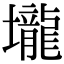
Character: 壠